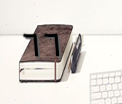
٦٦